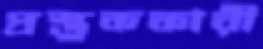
প্রস্তুককারী